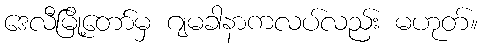
ဒေလီမြို့တော်မှ ဂျမခါနာကလပ်လည်း မဟုတ်။